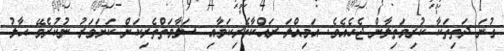
ގުނަ ދަތިތަކާ ކުރިމަތިލާން ޖެހެއެވެ. އަމިއްލަ ރައްކާތެރިކަމާއި ސަލާމަތްތެރިކަން ކަށަވަރު ނުކުރެވޭ ޙާލު